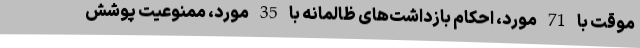
موقت با 71 مورد، احکام بازداشت‌های ظالمانه با 35 مورد، ممنوعیت پوشش